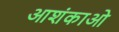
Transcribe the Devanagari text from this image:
आशंकाओ